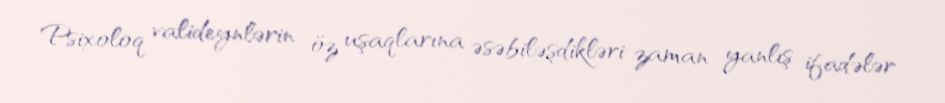
Psixoloq valideynlərin öz uşaqlarına əsəbiləşdikləri zaman yanlış ifadələr